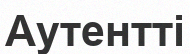
Аутентті